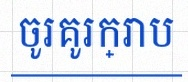
ចូរគូរក្រាប